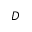
D